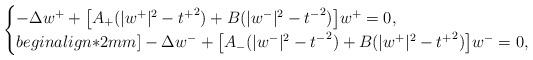
LaTeX: \begin{align*} \begin{cases} -\Delta w^+ +\big[A_+(|w^+|^2-{t^+}^2)+B(|w^-|^2-{t^-}^2)\big]w^+=0, \\begin{align*}2mm]-\Delta w^- +\big[A_-(|w^-|^2-{t^-}^2)+B(|w^+|^2-{t^+}^2)\big]w^-=0,\end{cases}\end{align*}